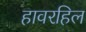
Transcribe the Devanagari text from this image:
हावरहिल